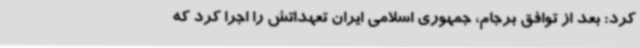
کرد: بعد از توافق برجام، جمهوری اسلامی ایران تعهداتش را اجرا کرد که